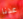
عدنا